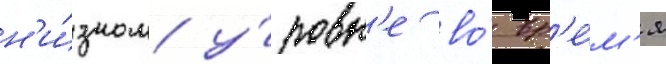
н'и́зком у́ровн'е во́ вр'е́м'я